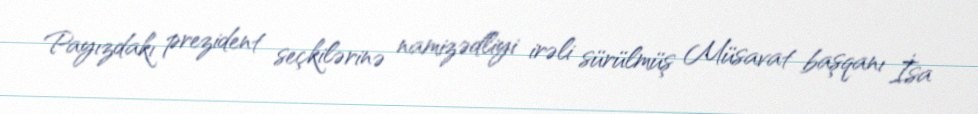
Payızdakı prezident seçkilərinə namizədliyi irəli sürülmüş Müsavat başqanı İsa